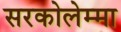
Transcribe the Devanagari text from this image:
सरकोलेम्मा